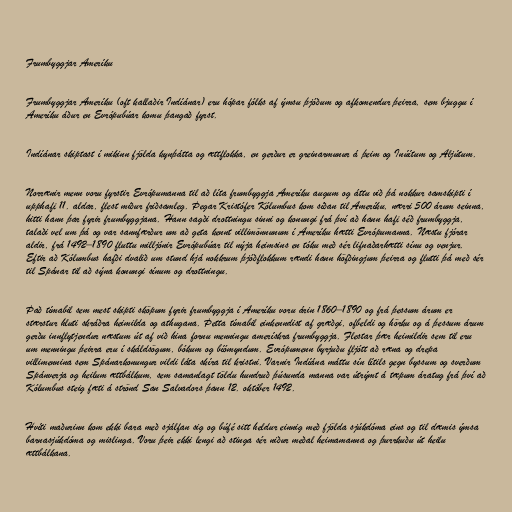
Frumbyggjar Ameríku

Frumbyggjar Ameríku (oft kallaðir Indíánar) eru hópar fólks af ýmsu þjóðum og afkomendur þeirra, sem bjuggu í
Ameríku áður en Evrópubúar komu þangað fyrst.

Indíánar skiptast í mikinn fjölda kynþátta og ættflokka, en gerður er greinarmunur á þeim og Inúítum og Aljútum.

Norrænir menn voru fyrstir Evrópumanna til að líta frumbyggja Ameríku augum og áttu við þá nokkur samskipti í
upphafi 11. aldar, flest miður friðsamleg. Þegar Kristófer Kólumbus kom síðan til Ameríku, nærri 500 árum seinna,
hitti hann þar fyrir frumbyggjana. Hann sagði drottningu sinni og konungi frá því að hann hafi séð frumbyggja,
talaði vel um þá og var sannfærður um að geta kennt villimönnunum í Ameríku hætti Evrópumanna. Næstu fjórar
aldir, frá 1492–1890 fluttu milljónir Evrópubúar til nýja heimsins en tóku með sér lifnaðarhætti sínu og venjur.
Eftir að Kólumbus hafði dvalið um stund hjá nokkrum þjóðflokkum rændi hann höfðingjum þeirra og flutti þá með sér
til Spánar til að sýna konungi sínum og drottningu.

Það tímabil sem mest skipti sköpum fyrir frumbyggja í Ameríku voru árin 1860–1890 og frá þessum árum er
stærstur hluti skráðra heimilda og athugana. Þetta tímabil einkenndist af græðgi, ofbeldi og hörku og á þessum árum
gerðu innflytjendur næstum út af við hina fornu menningu amerískra frumbyggja. Flestar þær heimildir sem til eru
um menningu þeirra eru í skáldsögum, bókum og bíómyndum. Evrópumenn byrjuðu fljótt að ræna og drepa
villimennina sem Spánarkonungur vildi láta skíra til kristni. Varnir Indíána máttu sín lítils gegn byssum og sverðum
Spánverja og heilum ættbálkum, sem samanlagt töldu hundruð þúsunda manna var útrýmt á tæpum áratug frá því að
Kólumbus steig fæti á strönd San Salvadors þann 12. október 1492.

Hvíti maðurinn kom ekki bara með sjálfan sig og búfé sitt heldur einnig með fjölda sjúkdóma eins og til dæmis ýmsa
barnasjúkdóma og mislinga. Voru þeir ekki lengi að stinga sér niður meðal heimamanna og þurrkuðu út heilu
ættbálkana.